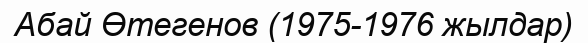
Абай Өтегенов (1975-1976 жылдар)